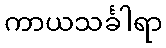
ကာယသင်္ခါရာ